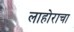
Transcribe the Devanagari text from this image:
लाहोराचा